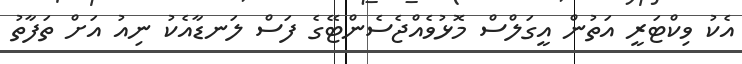
އެކު ވިކްޓަރީ އަތުން އީގަލްސް މޮޅުވެއްޖެސެންޓޭގެ ފަސް ލަނޑާއެކު ނިއު އަށް ތަފާތު